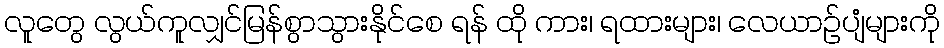
လူတွေ လွယ်ကူလျှင်မြန်စွာသွားနိုင်စေ ရန် ထို ကား၊ ရထားများ၊ လေယာဉ်ပျံများကို